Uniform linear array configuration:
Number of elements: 8
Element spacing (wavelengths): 0.25
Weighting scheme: hamming
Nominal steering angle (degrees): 30
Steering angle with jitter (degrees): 28.567
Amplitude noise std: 0.05
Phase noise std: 0.05

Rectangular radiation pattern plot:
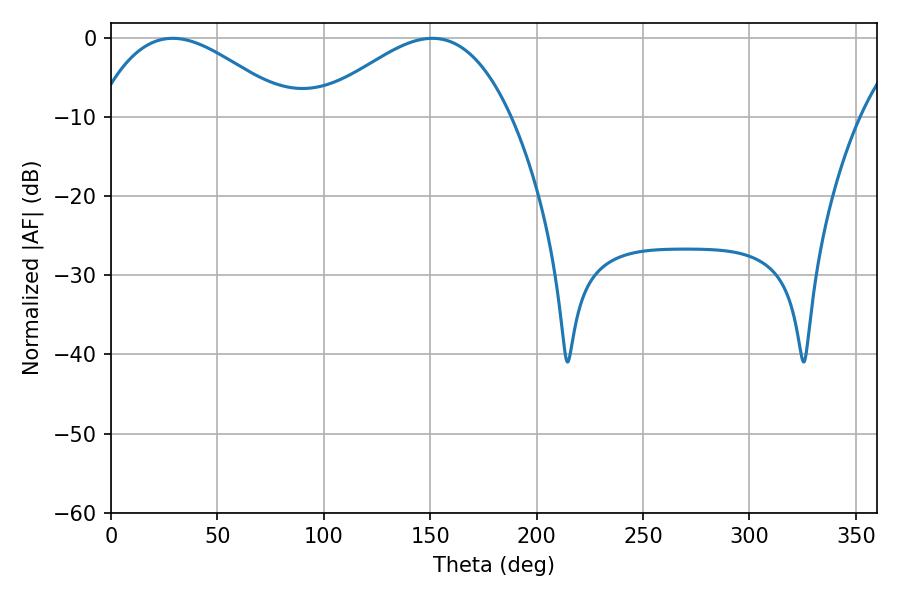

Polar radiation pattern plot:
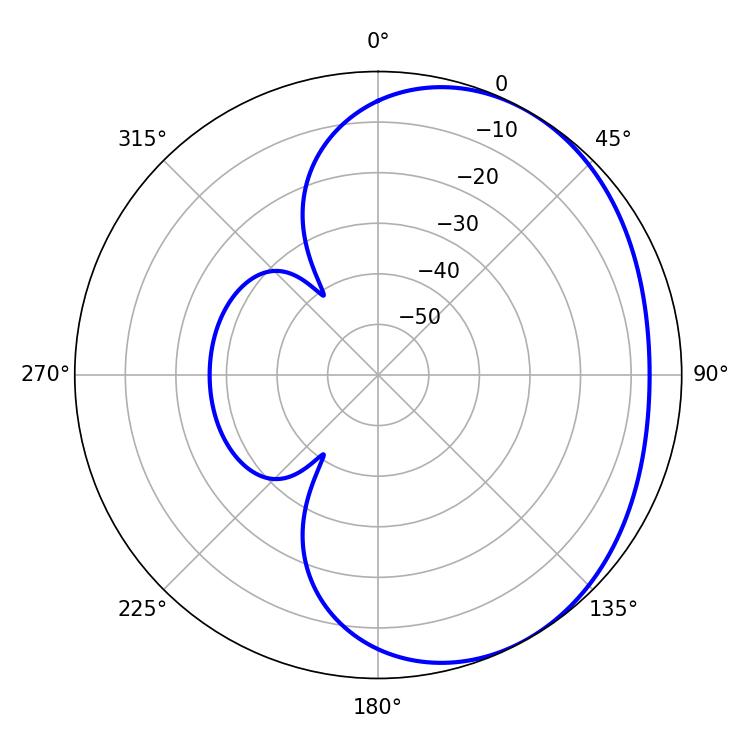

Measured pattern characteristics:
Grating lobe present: FALSE
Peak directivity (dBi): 2.805
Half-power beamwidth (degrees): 49.68
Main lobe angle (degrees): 28.98